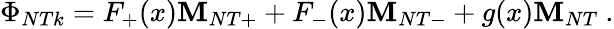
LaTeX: \Phi_{NTk}=F_{+}(x){\mathbf M}_{NT+}+F_{-}(x){\mathbf M}_{NT-}+g(x){\mathbf M}_{NT}\ .